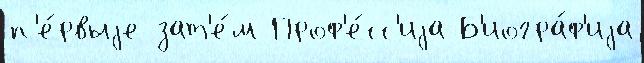
п'е́рвыjе зат'е́м Проф'е́сс'иjа Б'иогра́ф'иjа